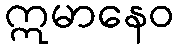
ဣမာနေဝ